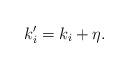
LaTeX: \begin{align*} k'_i=k_i+\eta.\end{align*}